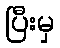
ပြီးမှ